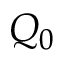
Q _ { 0 }